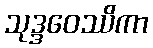
သုဒ္ဒဝေဿိကာ